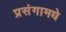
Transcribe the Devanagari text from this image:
प्रसंगामधे